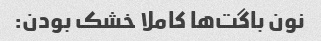
نون باگت‌ها کاملا خشک بودن: